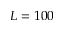
L = 1 0 0